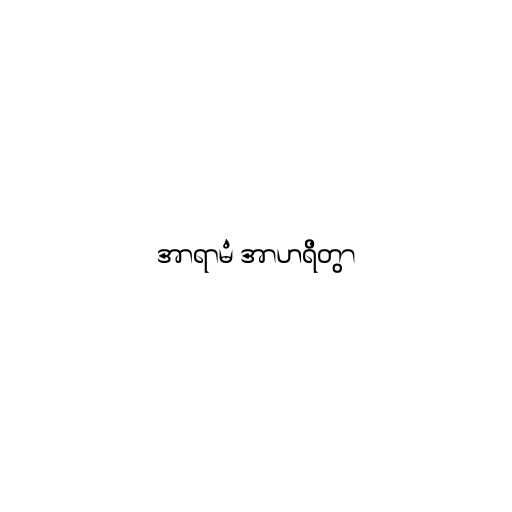
အာရာမံ အာဟရိတွာ